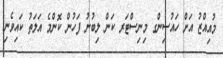
މުއިއްޒު އަށް ހައުސިންގ މިނިސްޓަރ ކަން ލިބުނު ފަހުން ކޮންމެ އަލަތު ކައިވެނި